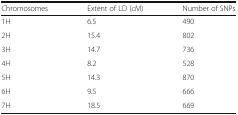
| Chromosomes | Extent of LD (cM) | Number of SNPs |
 | --- | --- | --- |
 | 1H | 6.5 | 490 |
 | 2H | 15.4 | 802 |
 | 3H | 14.7 | 736 |
 | 4H | 8.2 | 528 |
 | 5H | 14.3 | 870 |
 | 6H | 9.5 | 666 |
 | 7H | 18.5 | 669 |